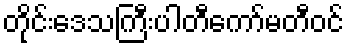
တိုင်းဒေသကြီးပါတီကော်မတီဝင်